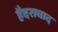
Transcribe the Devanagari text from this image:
हैदरावाद